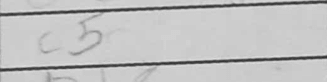
Transcription: c5